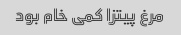
مرغ پیتزا کمی خام بود